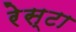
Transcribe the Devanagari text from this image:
रेस्टा